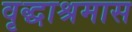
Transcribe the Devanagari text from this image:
वृद्धाश्रमास